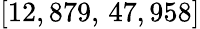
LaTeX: [12,879,\, 47,958]